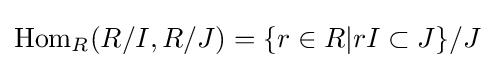
\operatorname {Hom} _{R}(R/I,R/J)=\{r\in R|rI\subset J\}/J